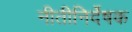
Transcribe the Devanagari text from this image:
नीतीनिर्देषक